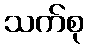
သက်စု